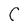
Character: C